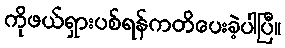
ကိုဖယ်ရှားပစ်ရန်ကတိပေးခဲ့ပါပြီ။